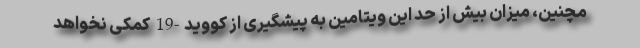
مچنین، میزان بیش از حد این ویتامین به پیشگیری از کووید-19 کمکی نخواهد